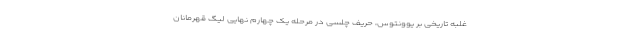
غلبه تاریخی بر یوونتوس، حریف چلسی در مرحله یک چهارم نهایی لیگ قهرمانان